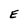
Character: E